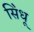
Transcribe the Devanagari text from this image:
सि॓धू